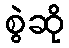
စွဲဆို